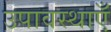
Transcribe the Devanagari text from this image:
उपावस्थाएँ